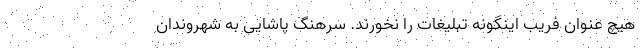
هیچ عنوان فریب اینگونه تبلیغات را نخورند. سرهنگ پاشایی به شهروندان